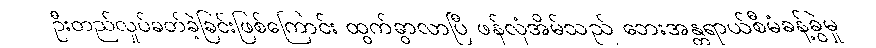
ဦးတည်လှုပ်ခတ်ခဲ့ခြင်းဖြစ်ကြောင်း ထွက်ခွာလာပြီ ဖန်လုံအိမ်သည် ဘေးအန္တရာယ်စီမံခန့်ခွဲမှု